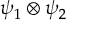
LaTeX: \psi _ { 1 } \otimes \psi _ { 2 }